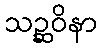
သဉ္ဆဝိနာ